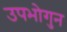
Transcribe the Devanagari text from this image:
उपभोगुन